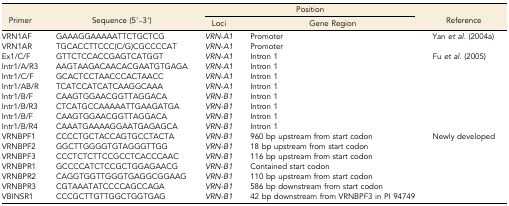
<table><thead><tr><td rowspan="2"><b>Primer</b></td><td rowspan="2"><b>Sequence (5′–3′)</b></td><td colspan="2"><b>Position</b></td><td rowspan="2"><b>Reference</b></td></tr><tr><td><b>Loci</b></td><td><b>Gene Region</b></td></tr></thead><tbody><tr><td>VRN1AF</td><td>GAAAGGAAAAATTCTGCTCG</td><td><i>VRN-A1</i></td><td>Promoter</td><td rowspan="2">Yan <i>et al.</i> (2004a)</td></tr><tr><td>VRN1AR</td><td>TGCACCTTCCC(C/G)CGCCCCAT</td><td><i>VRN-A1</i></td><td>Promoter</td></tr><tr><td>Ex1/C/F</td><td>GTTCTCCACCGAGTCATGGT</td><td><i>VRN-A1</i></td><td>Intron 1</td><td rowspan="8">Fu <i>et al.</i> (2005)</td></tr><tr><td>Intr1/A/R3</td><td>AAGTAAGACAACACGAATGTGAGA</td><td><i>VRN-A1</i></td><td>Intron 1</td></tr><tr><td>Intr1/C/F</td><td>GCACTCCTAACCCACTAACC</td><td><i>VRN-A1</i></td><td>Intron 1</td></tr><tr><td>Intr1/AB/R</td><td>TCATCCATCATCAAGGCAAA</td><td><i>VRN-A1</i></td><td>Intron 1</td></tr><tr><td>Intr1/B/F</td><td>CAAGTGGAACGGTTAGGACA</td><td><i>VRN-B1</i></td><td>Intron 1</td></tr><tr><td>Intr1/B/R3</td><td>CTCATGCCAAAAATTGAAGATGA</td><td><i>VRN-B1</i></td><td>Intron 1</td></tr><tr><td>Intr1/B/F</td><td>CAAGTGGAACGGTTAGGACA</td><td><i>VRN-B1</i></td><td>Intron 1</td></tr><tr><td>Intr1/B/R4</td><td>CAAATGAAAAGGAATGAGAGCA</td><td><i>VRN-B1</i></td><td>Intron 1</td></tr><tr><td>VRNBPF1</td><td>CCCCTGCTACCAGTGCCTACTA</td><td><i>VRN-B1</i></td><td>960 bp upstream from start codon</td><td rowspan="7">Newly developed</td></tr><tr><td>VRNBPF2</td><td>GGCTTGGGGTGTAGGGTTGG</td><td><i>VRN-B1</i></td><td>18 bp upstream from start codon</td></tr><tr><td>VRNBPF3</td><td>CCCTCTCTTCCGCCTCACCCAAC</td><td><i>VRN-B1</i></td><td>116 bp upstream from start codon</td></tr><tr><td>VRNBPR1</td><td>GCCCCATCTCCGCTGGAGAACG</td><td><i>VRN-B1</i></td><td>Contained start codon</td></tr><tr><td>VRNBPR2</td><td>CAGGTGGTTGGGTGAGGCGGAAG</td><td><i>VRN-B1</i></td><td>110 bp upstream from start codon</td></tr><tr><td>VRNBPR3</td><td>CGTAAATATCCCCAGCCAGA</td><td><i>VRN-B1</i></td><td>586 bp downstream from start codon</td></tr><tr><td>VBINSR1</td><td>CCCGCTTGTTGGCTGGTGAG</td><td><i>VRN-B1</i></td><td>42 bp downstream from VRNBPF3 in PI 94749</td></tr></tbody></table>